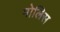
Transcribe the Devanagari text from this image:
मोलिस